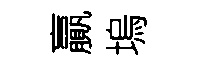
贏塢